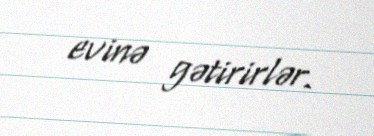
evinə gətirirlər.